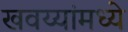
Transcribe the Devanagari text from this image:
खवय्यांमध्ये